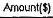
AMOUNT($)